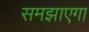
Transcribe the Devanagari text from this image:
समझाएगा